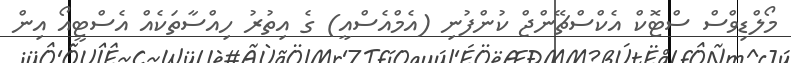
މޯލްޑިވްސް ސްޓޮކް އެކްސްޗޭންޖް ކުންފުނި (އެމްއެސްއީ) ގެ އިތުރު ހިއްސާތަކެއް އެސްޓީއޯ އިން